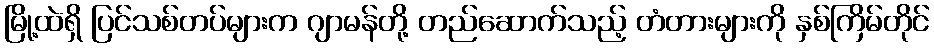
မြို့ထဲရှိ ပြင်သစ်တပ်များက ဂျာမန်တို့ တည်ဆောက်သည့် တံတားများကို နှစ်ကြိမ်တိုင်